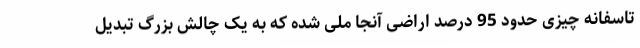
تاسفانه چیزی حدود 95 درصد اراضی آنجا ملی شده که به یک چالش بزرگ تبدیل